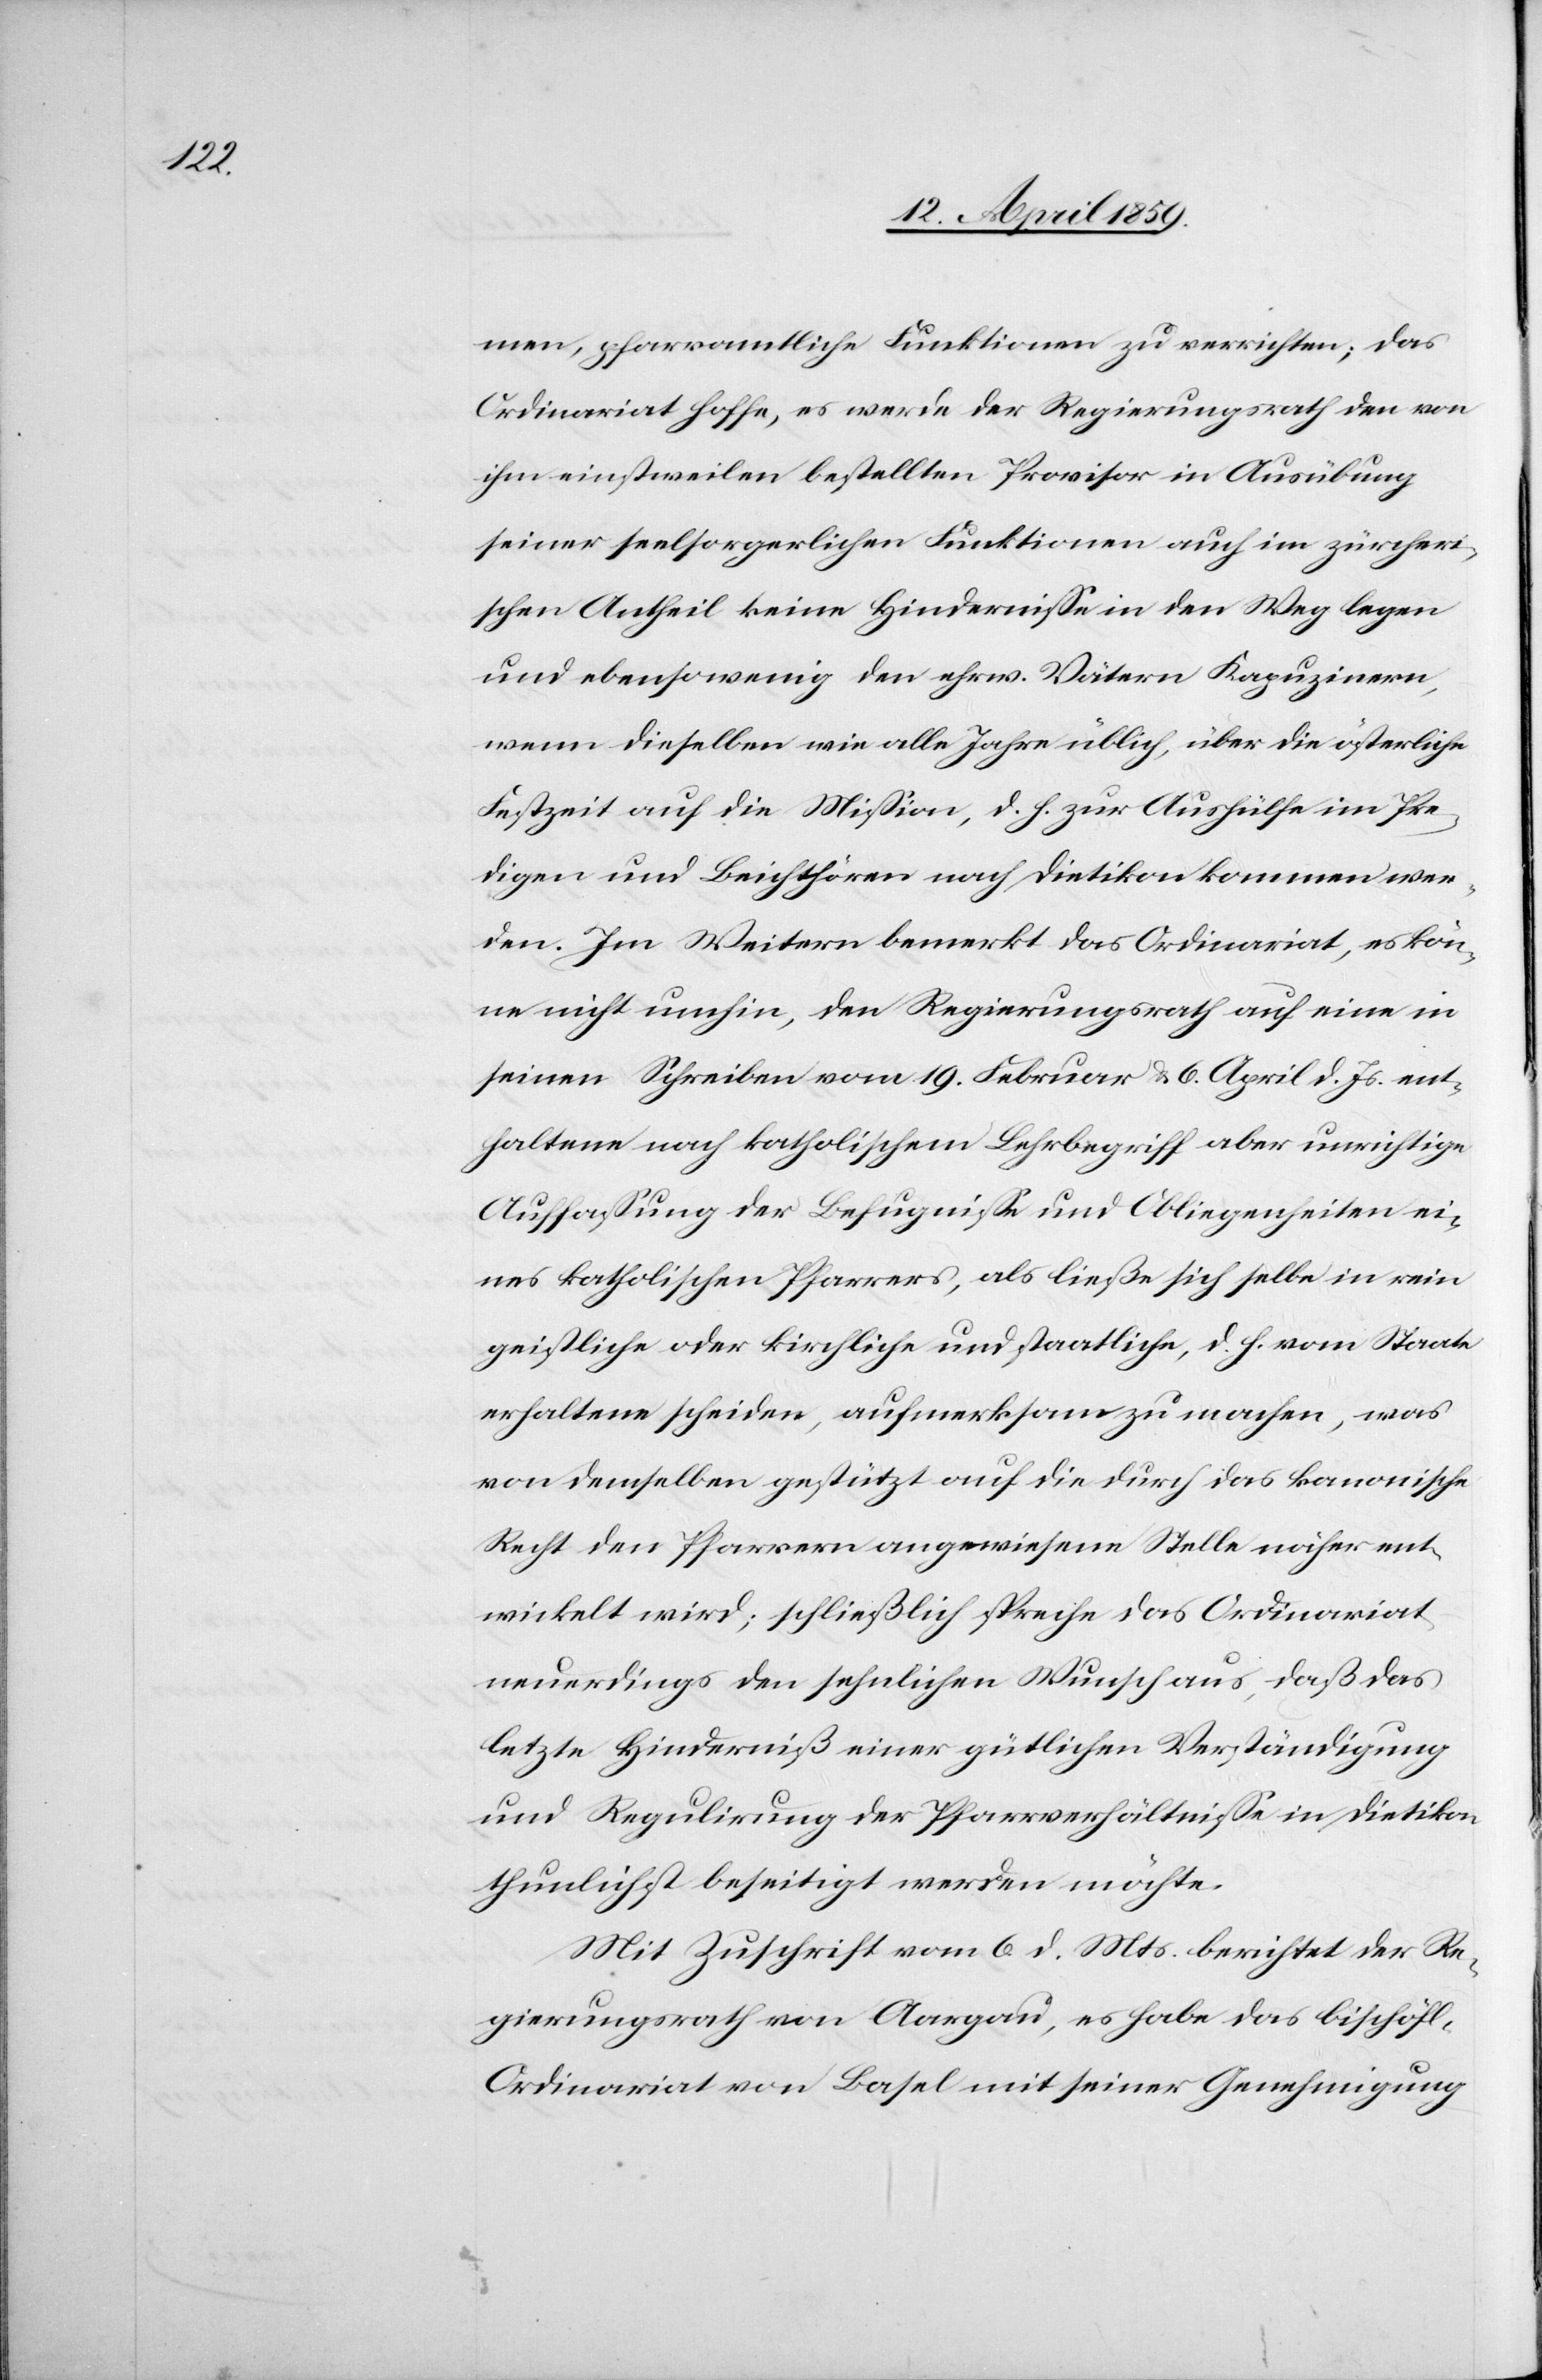
men, pfarramtliche Funktionen zu verrichten; das
Ordinariat hoffe, es werde der Regierungsrath den von
ihm einstweilen bestellten Provisor in Ausübung
seiner seelsorgerlichen Funktionen auch im zürcheri¬
schen Antheil keine Hinderniße in den Weg legen
und ebensowenig den ehrw. Vätern Kapuzinern,
wenn dieselben wie alle Jahre üblich, über die österliche
Fastenzeit auf die Mißion, d. h. zur Aushülfe im Pre¬
digen und Beichthören nach Dietikon kommen wer¬
den. Im Weitern bemerkt das Ordinariat, es kön¬
ne nicht umhin, den Regierungsrath auf eine in
seinen Schreiben vom 19. Februar & 6. April d. Js. ent¬
haltene nach katholischem Lehrbegriff aber unrichtige
Auffaßung der Befugniße und Obliegenheiten ei¬
nes katholischen Pfarrers, als ließe sich selbe in rein
geistliche oder kirchliche und staatliche, d. h. vom Staate
erhaltene scheiden, aufmerksam zu machen, was
von demselben gestützt auf die durch das kanonische
Recht den Pfarrern angewiesene Stelle näher ent¬
wickelt wird; schließlich spreche das Ordinariat
neuerdings den sehnlichen Wunsch aus, daß das
letzte Hinderniß einer gütlichen Verständigung
und Regulirung der Pfarrverhältniße in Dietikon
thunlichst beseitigt werden möchte.
Mit Zuschrift vom 6. d. Mts berichtet der Re¬
gierungsrath von Aargau, es habe das bischöfl.
Ordinariat von Basel mit seiner Genehmigung